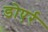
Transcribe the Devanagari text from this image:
डोएर्र